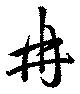
冉